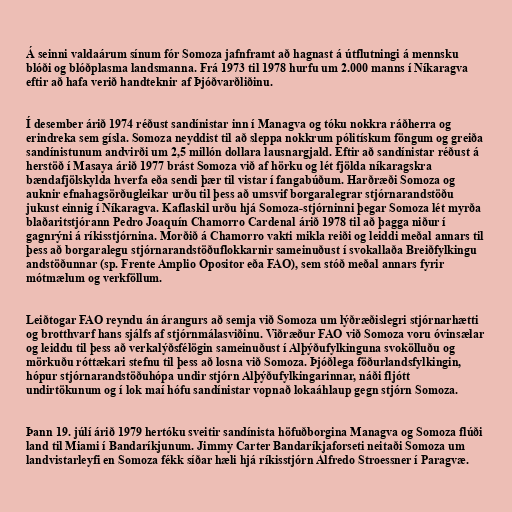
Á seinni valdaárum sínum fór Somoza jafnframt að hagnast á útflutningi á mennsku
blóði og blóðplasma landsmanna. Frá 1973 til 1978 hurfu um 2.000 manns í Níkaragva
eftir að hafa verið handteknir af Þjóðvarðliðinu.

Í desember árið 1974 réðust sandínistar inn í Managva og tóku nokkra ráðherra og
erindreka sem gísla. Somoza neyddist til að sleppa nokkrum pólitískum föngum og greiða
sandínistunum andvirði um 2,5 millón dollara lausnargjald. Eftir að sandínistar réðust á
herstöð í Masaya árið 1977 brást Somoza við af hörku og lét fjölda níkaragskra
bændafjölskylda hverfa eða sendi þær til vistar í fangabúðum. Harðræði Somoza og
auknir efnahagsörðugleikar urðu til þess að umsvif borgaralegrar stjórnarandstöðu
jukust einnig í Níkaragva. Kaflaskil urðu hjá Somoza-stjórninni þegar Somoza lét myrða
blaðaritstjórann Pedro Joaquín Chamorro Cardenal árið 1978 til að þagga niður í
gagnrýni á ríkisstjórnina. Morðið á Chamorro vakti mikla reiði og leiddi meðal annars til
þess að borgaralegu stjórnarandstöðuflokkarnir sameinuðust í svokallaða Breiðfylkingu
andstöðunnar (sp. Frente Amplio Opositor eða FAO), sem stóð meðal annars fyrir
mótmælum og verkföllum.

Leiðtogar FAO reyndu án árangurs að semja við Somoza um lýðræðislegri stjórnarhætti
og brotthvarf hans sjálfs af stjórnmálasviðinu. Viðræður FAO við Somoza voru óvinsælar
og leiddu til þess að verkalýðsfélögin sameinuðust í Alþýðufylkinguna svokölluðu og
mörkuðu róttækari stefnu til þess að losna við Somoza. Þjóðlega föðurlandsfylkingin,
hópur stjórnarandstöðuhópa undir stjórn Alþýðufylkingarinnar, náði fljótt
undirtökunum og í lok maí hófu sandínistar vopnað lokaáhlaup gegn stjórn Somoza.

Þann 19. júlí árið 1979 hertóku sveitir sandínista höfuðborgina Managva og Somoza flúði
land til Miami í Bandaríkjunum. Jimmy Carter Bandaríkjaforseti neitaði Somoza um
landvistarleyfi en Somoza fékk síðar hæli hjá ríkisstjórn Alfredo Stroessner í Paragvæ.